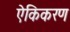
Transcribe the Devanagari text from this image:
ऐकिकरण